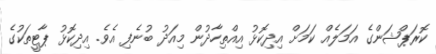
ކޮރަޕްޝަންގެ އަމަލެއް ކަމަށް އިދިކޮޅު އިއްތިހާދުން މިއަދު ބުނެފި އެވެ. އިދިކޮޅު ޕާޓީތަކުގެ